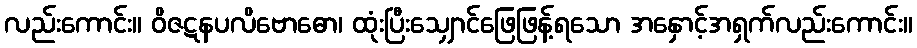
လည်းကောင်း။ ဝိဇဋနပလိဗောဓော၊ ထုံးပြီးသျှောင်ဖြေဖြန့်ရသော အနှောင့်အရှက်လည်းကောင်း။